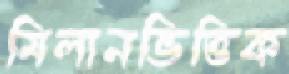
মিলানভিত্তিক